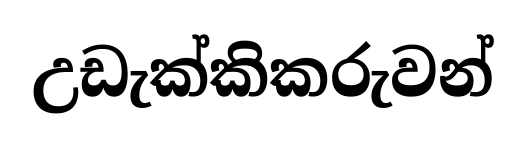
උඩැක්කිකරුවන්